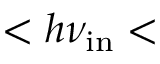
< h \nu _ { \mathrm { i n } } <